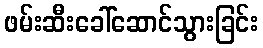
ဖမ်းဆီးခေါ်ဆောင်သွားခြင်း